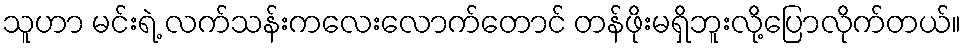
သူဟာ မင်းရဲ့ လက်သန်းကလေးလောက်တောင် တန်ဖိုးမရှိဘူးလို့ပြောလိုက်တယ်။